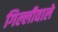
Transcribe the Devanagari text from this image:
गिल्लीवाले